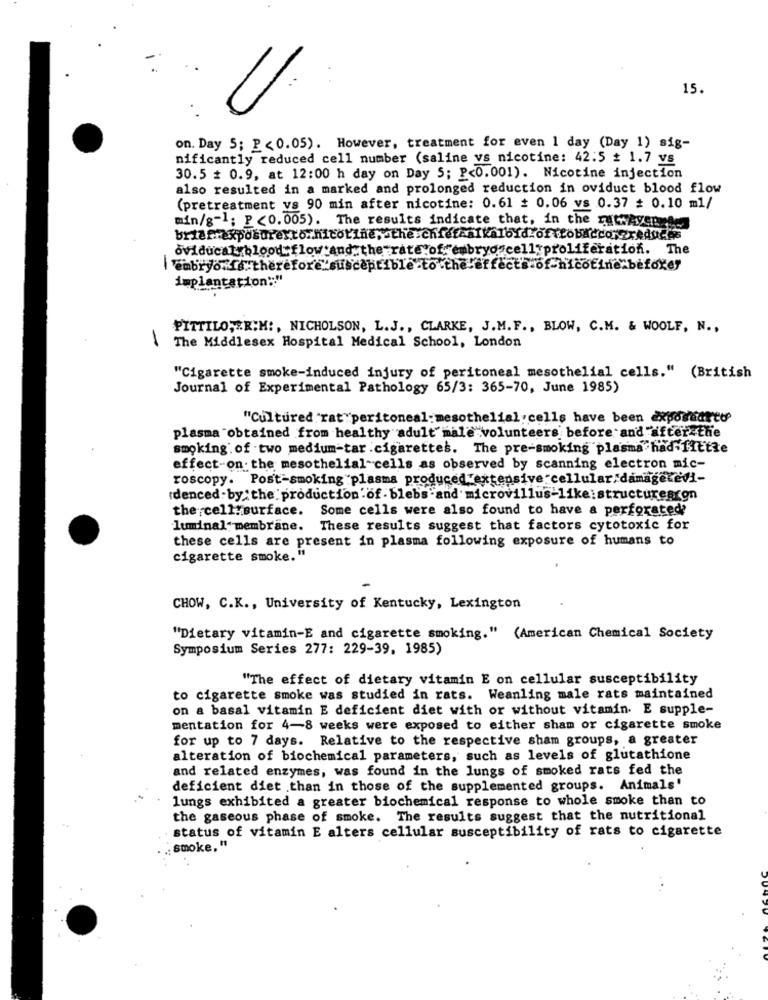
15.
on. Day 5; P <0.05). However, treatment for even 1 day (Day 1) sig-
nificantly reduced cell number (saline vs nicotine: 42:5 + 1.7 vs
30.5 + 0.9, at 12:00 h day on Day 5; P<0.001). Nicotine injection
also resulted in a marked and prolonged reduction in oviduct blood flow
(pretreatment vs 90 min after nicotine: 0.61 # 0.06 vs 0.37 = 0.10 ml/
min/g" ; P <0.005). The results indicate that, in the ratwavenow
oviducat blood flow:and the rate.of:"embryoscell:proliferation. The
'Embryo .. therefore susceptib
Ects of-nicotine beforey
implantation":"
PITTILO,&R;M :, NICHOLSON, L.J ., CLARKE, J.M. F ., BLOW, C.M. & WOOLF, N .,
1
The Middlesex Hospital Medical School, London
"Cigarette smoke-induced injury of peritoneal mesothelial cells." (British
Journal of Experimental Pathology 65/3: 365-70, June 1985)
"Cultured rat "peritoneal- mesothelial cells have been exposudrto'
plasma obtained from healthy adult male volunteers before and after the
smoking. of two medium-tar cigarettes. The pre-smoking plasma had fittte
effect-on. the mesothelial cells as observed by scanning electron mic-
roscopy. Post-smoking plasma produced extensive cellular damagetevi-
rdenced by: the production of- blebs "and microvillus-like:structurearon
the cell:surface. Some cells were also found to have a perforated?
luminal membrane. These results suggest that factors cytotoxic for
these cells are present in plasma following exposure of humans to
cigarette smoke."
CHOW, C.K ., University of Kentucky, Lexington
"Dietary vitamin-E and cigarette smoking." (American Chemical Society
Symposium Series 277: 229-39, 1985)
"The effect of dietary vitamin E on cellular susceptibility
to cigarette smoke was studied in rats. Weanling male rats maintained
on a basal vitamin E deficient diet with or without vitamin. E supple-
mentation for 4-8 weeks were exposed to either sham or cigarette smoke
for up to 7 days. Relative to the respective sham groups, a greater
alteration of biochemical parameters, such as levels of glutathione
and related enzymes, was found in the lungs of smoked rats fed the
deficient diet than in those of the supplemented groups. Animals'
lungs exhibited a greater biochemical response to whole smoke than to
the gaseous phase of smoke. The results suggest that the nutritional
status of vitamin E alters cellular susceptibility of rats to cigarette
.; smoke, "